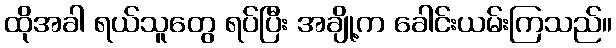
ထိုအခါ ရယ်သူတွေ ရပ်ပြီး အချို့က ခေါင်းယမ်းကြသည်။